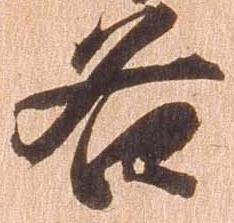
各